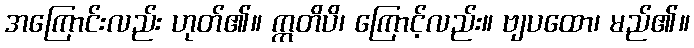
အကြောင်းလည်း ဟုတ်၏။ ဣတိပိ၊ ကြောင့်လည်း။ ဗျပထော၊ မည်၏။